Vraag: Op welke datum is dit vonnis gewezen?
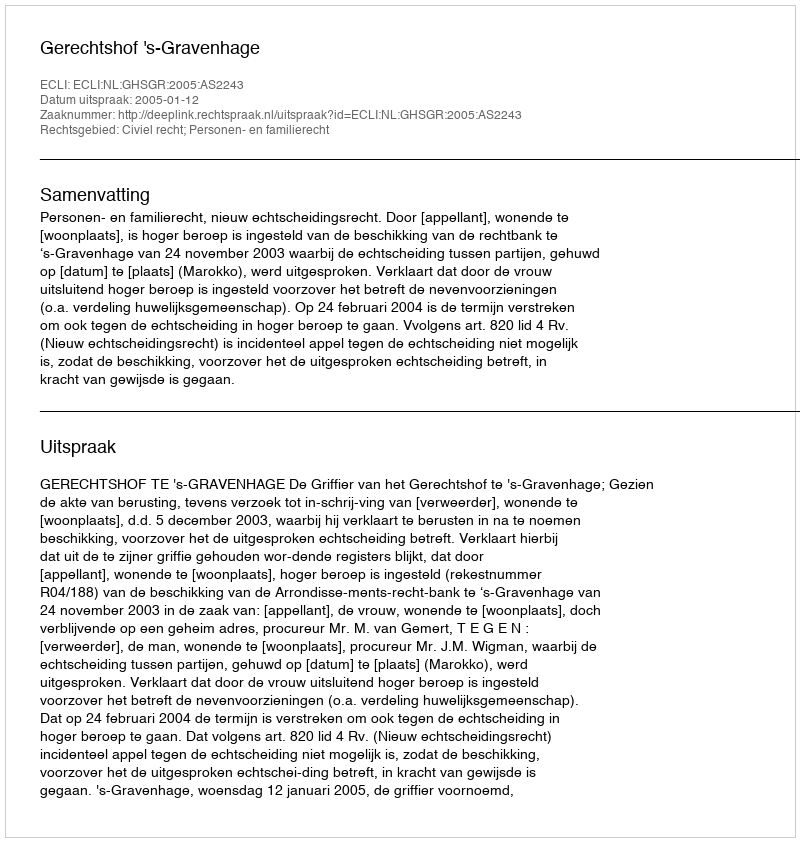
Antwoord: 2005-01-12